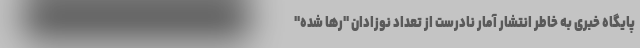
پایگاه خبری به خاطر انتشار آمار نادرست از تعداد نوزادان "رها شده"